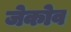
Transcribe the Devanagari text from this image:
जेकोव